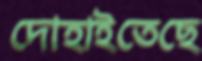
দোহাইতেছে